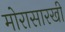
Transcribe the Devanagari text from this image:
मोरासारखी